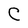
Character: C